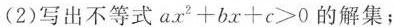
(2)写出不等式$$a x^{2} + b x + c > 0$$的解集；